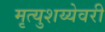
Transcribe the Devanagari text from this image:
मृत्युशय्येवरी